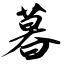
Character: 暮